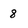
Character: 8